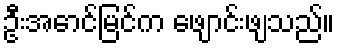
ဦးအောင်မြင်က ဖျောင်းဖျသည်။